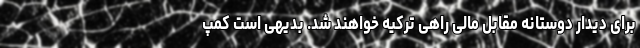
برای دیدار دوستانه مقابل مالی راهی ترکیه خواهند شد. بدیهی است کمپ